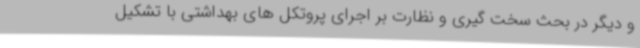
و دیگر در بحث سخت گیری و نظارت بر اجرای پروتکل های بهداشتی با تشکیل